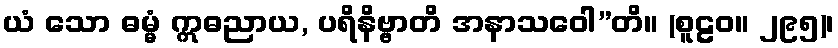
ယံ သော ဓမ္မံ ဣဓညာယ, ပရိနိဗ္ဗာတိ အနာသဝေါ”တိ။ (စူဠဝ။ ၂၉၅)၊